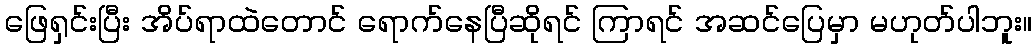
ဖြေရှင်းပြီး အိပ်ရာထဲတောင် ရောက်နေပြီဆိုရင် ကြာရင် အဆင်ပြေမှာ မဟုတ်ပါဘူး။